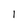
Character: I